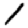
Digit: 1